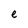
Character: e